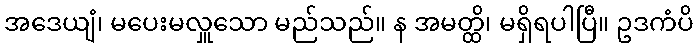
အဒေယျံ၊ မပေးမလှူသော မည်သည်။ န အမတ္ထိ၊ မရှိရပါပြီ။ ဥဒကံပိ